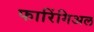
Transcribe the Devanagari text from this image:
फारिंगिअल